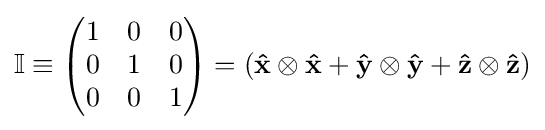
\mathbb {I} \equiv {\begin{pmatrix}1&0&0\\0&1&0\\0&0&1\end{pmatrix}}=\left(\mathbf {\hat {x}} \otimes \mathbf {\hat {x}} +\mathbf {\hat {y}} \otimes \mathbf {\hat {y}} +\mathbf {\hat {z}} \otimes \mathbf {\hat {z}} \right)